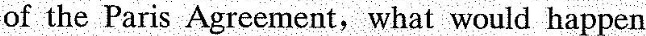
of the Paris Agreement,what would happen